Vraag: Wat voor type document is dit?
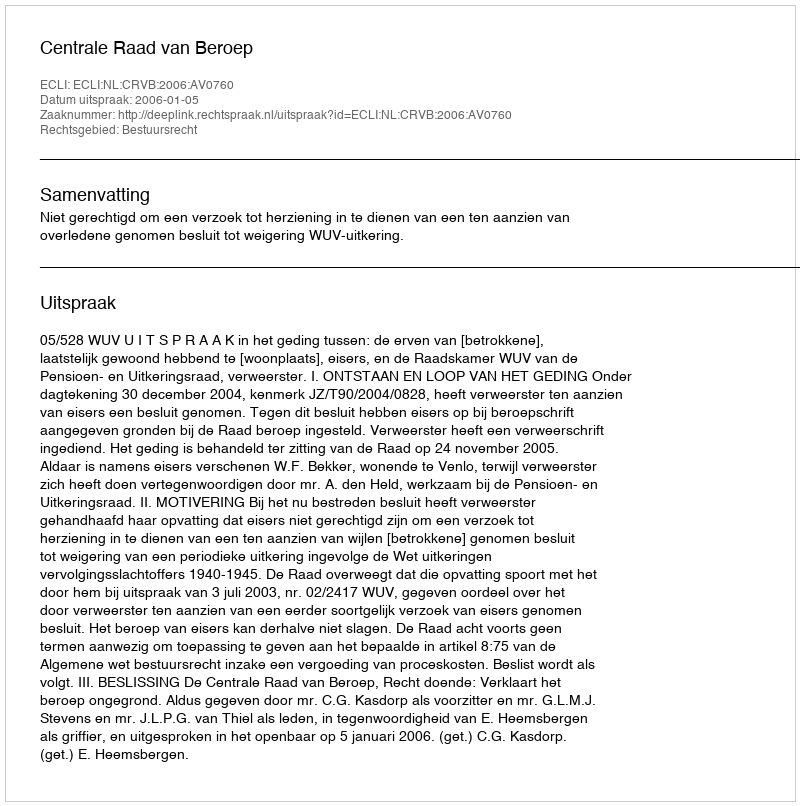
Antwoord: Uitspraak